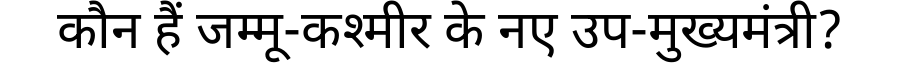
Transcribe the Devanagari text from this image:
कौन हैं जम्मू-कश्मीर के नए उप-मुख्यमंत्री?